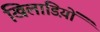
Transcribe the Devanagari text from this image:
खिलाडिय़ों